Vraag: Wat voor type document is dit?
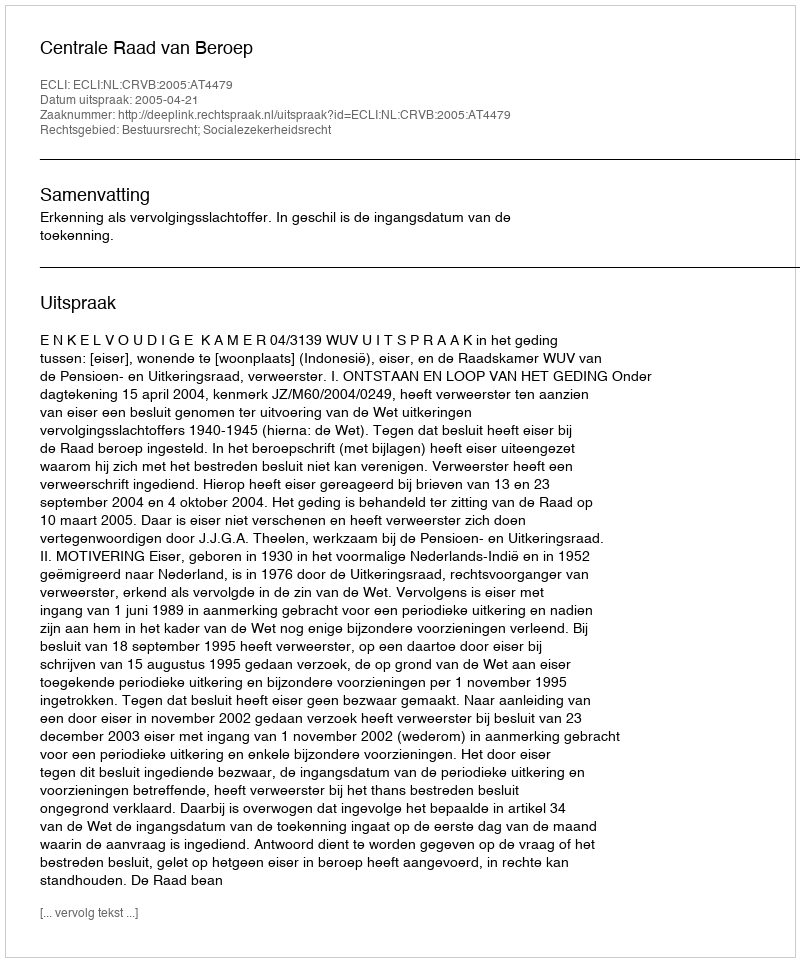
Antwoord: Uitspraak